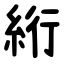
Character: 絎